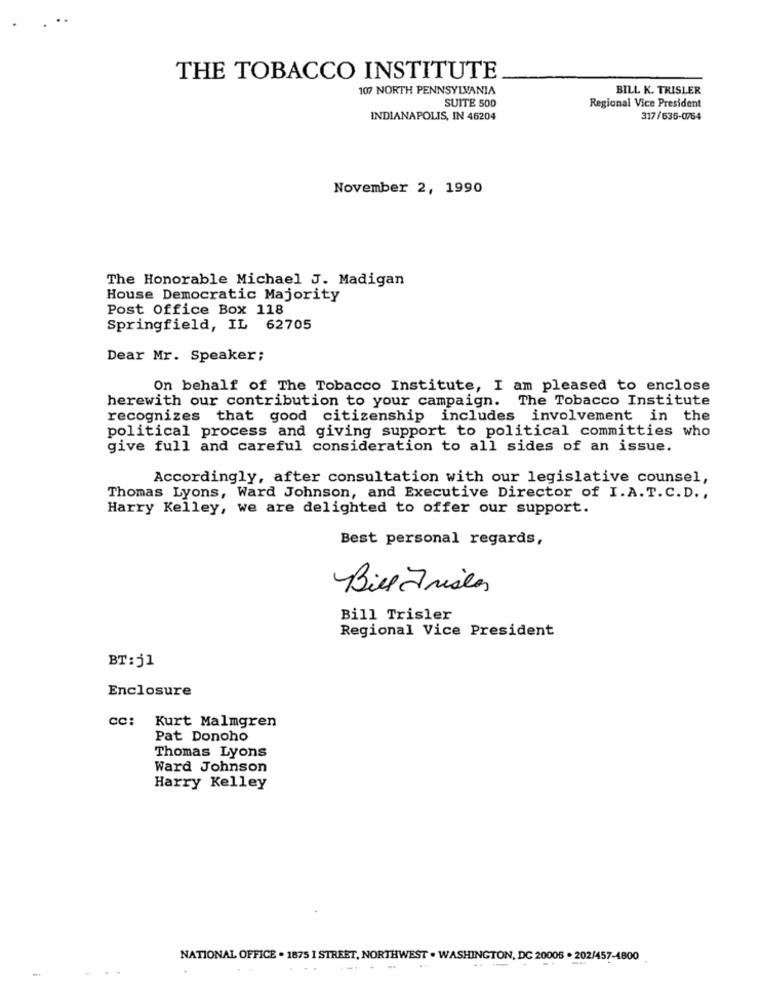
THE TOBACCO INSTITUTE
107 NORTH PENNSYLVANIA
BILL K. TRISLER
SUITE 500
Regional Vice President
INDIANAPOLIS, IN 46204
317/635-0764
November 2, 1990
The Honorable Michael J. Madigan
House Democratic Majority
Post Office Box 118
Springfield, IL 62705
Dear Mr. Speaker;
On behalf of The Tobacco Institute, I am pleased to enclose
herewith our contribution to your campaign. The Tobacco Institute
recognizes that good citizenship includes involvement in the
political process and giving support to political committies who
give full and careful consideration to all sides of an issue.
Accordingly, after consultation with our legislative counsel,
Thomas Lyons, Ward Johnson, and Executive Director of I.A. T. C. D .,
Harry Kelley, we are delighted to offer our support.
Best personal regards,
BillTristes
Bill Trisler
Regional Vice President
BT:j1
Enclosure
cc: Kurt Malmgren
Pat Donoho
Thomas Lyons
Ward Johnson
Harry Kelley
NATIONAL OFFICE . 1875 1 STREET, NORTHWEST . WASHINGTON, DC 20006 . 202/457-4800